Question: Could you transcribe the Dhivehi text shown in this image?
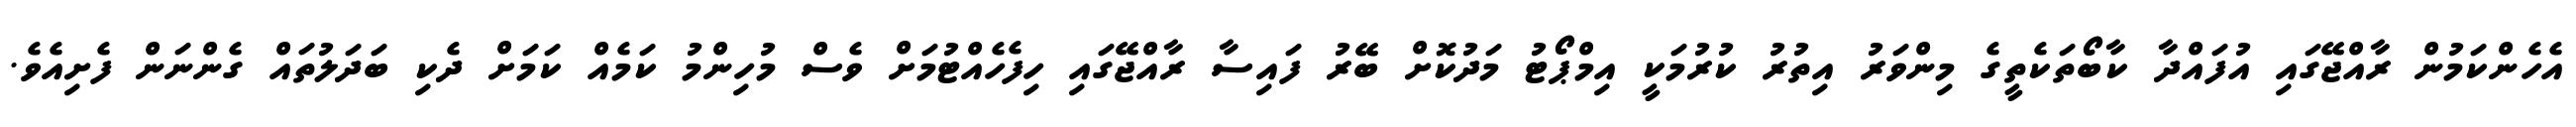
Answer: އެހެންކަމުން ރާއްޖޭގައި އުފައްދާ ކާބޯތަކެތީގެ މިންވަރު އިތުރު ކުރުމަކީ އިމްޕޯޓު މަދުކޮށް ބޭރު ފައިސާ ރާއްޖޭގައި ހިފެހެއްޓުމަށް ވެސް މުހިންމު ކަމެއް ކަމަށް ދެކި ބަދަލުތައް ގެންނަން ފެށިއެވެ.